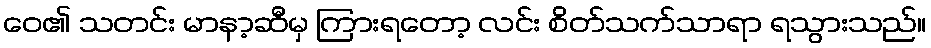
ဝေ၏ သတင်း မာနာ့ဆီမှ ကြားရတော့ လင်း စိတ်သက်သာရာ ရသွားသည်။